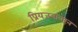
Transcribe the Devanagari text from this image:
प्रियजनांवरून